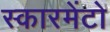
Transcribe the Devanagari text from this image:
स्कारमेंटो